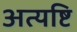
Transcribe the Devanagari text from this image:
अत्यष्टि